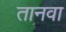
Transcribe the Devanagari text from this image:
तानवा